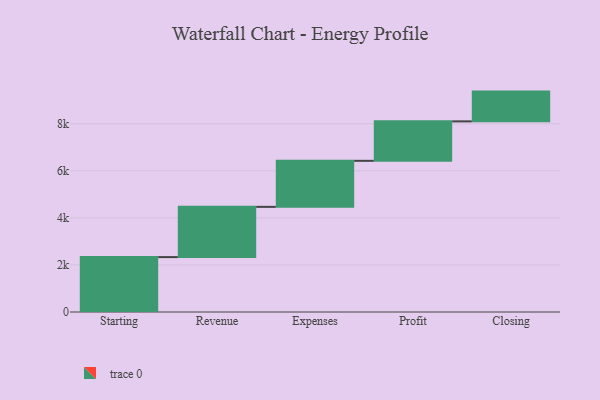
{"axis": {"x": "Step", "y": "Value"}, "legend": [""], "data": [{"x": "Starting", "y": 2333.0, "type": ""}, {"x": "Revenue", "y": 2135.0, "type": ""}, {"x": "Expenses", "y": 1956.0, "type": ""}, {"x": "Profit", "y": 1677.0, "type": ""}, {"x": "Closing", "y": 1265.0, "type": ""}]}